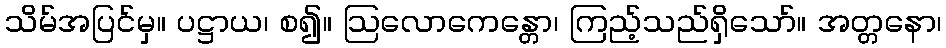
သိမ်အပြင်မှ။ ပဋ္ဌာယ၊ စ၍။ ဩလောကေန္တော၊ ကြည့်သည်ရှိသော်။ အတ္တနော၊